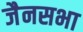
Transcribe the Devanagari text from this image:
जैनसभा